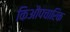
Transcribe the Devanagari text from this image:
किऔपचारिक